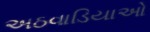
અઠવાડિયાઓ